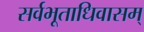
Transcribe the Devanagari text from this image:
सर्वभूताधिवासम्